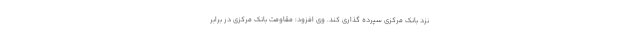
نزد بانک مرکزی سپرده گذاری کند. وی افزود: مقاومت بانک مرکزی در برابر